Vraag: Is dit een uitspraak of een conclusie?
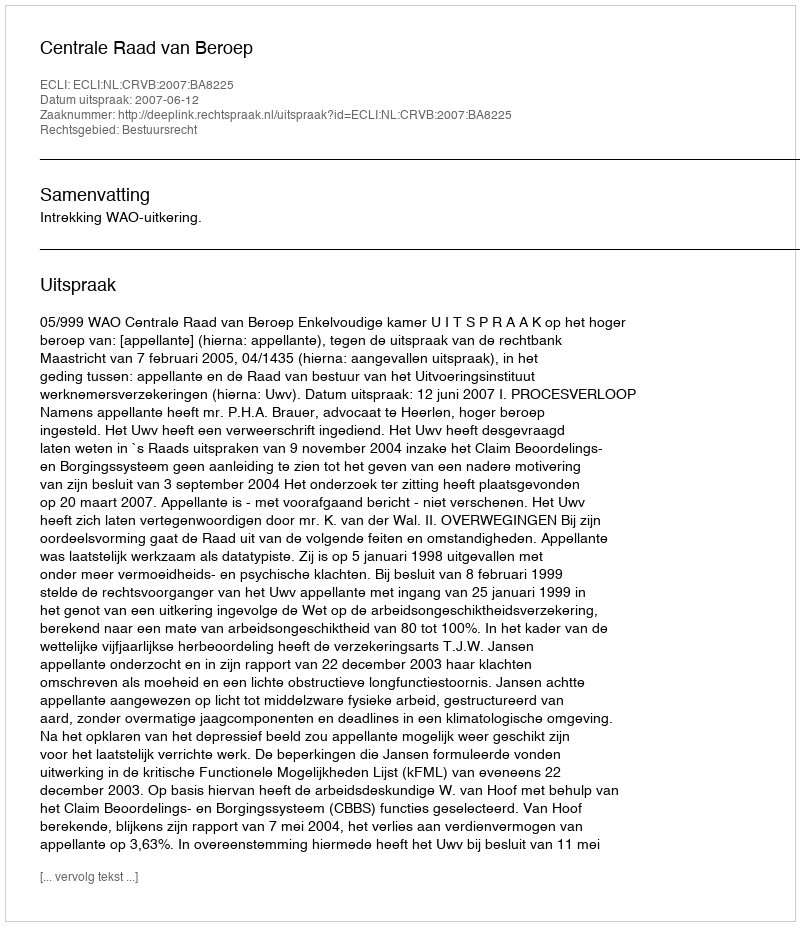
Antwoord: Uitspraak